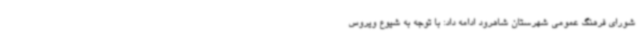
شورای فرهنگ عمومی شهرستان شاهرود ادامه داد: با توجه به شیوع ویروس